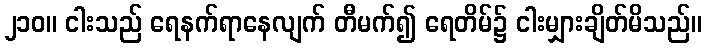
၂၁၀။ ငါးသည် ရေနက်ရာနေလျက် တီမက်၍ ရေတိမ်၌ ငါးမျှားချိတ်မိသည်။